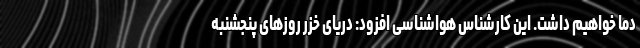
دما خواهیم داشت. این کارشناس هواشناسی افزود: دریای خزر روزهای پنجشنبه